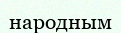
народным